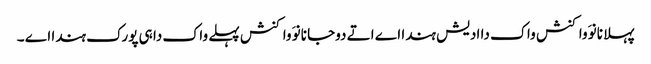
پہلا نانوَ واکنش واک دا ادیش ہندا اے اتے دوجا نانوَ واکنش پہلے واک دا ہی پورک ہندا اے ۔